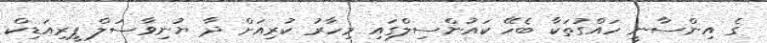
ގެ އިންސާނީ ހައްގުތަކާ ބެހޭ ކައުންސިލްގައި މިހާރު ކުރިއަށް ދާ ޔުނިވާސަލް ޕީރިއަޑިކް